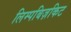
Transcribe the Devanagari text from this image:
लिम्पबिज़किट